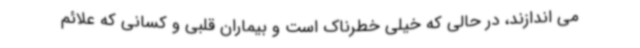
می اندازند، در حالی که خیلی خطرناک است و بیماران قلبی و کسانی که علائم